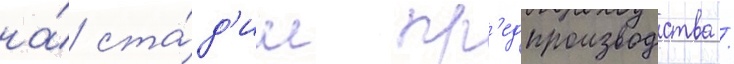
на́ ста́д'ии пр'едпроизводства /